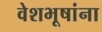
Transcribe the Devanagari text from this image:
वेशभूषांना